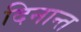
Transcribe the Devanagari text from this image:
दिनान्त